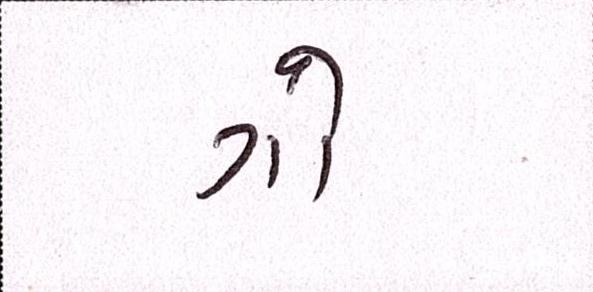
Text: ગો